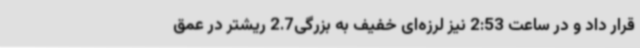
قرار داد و در ساعت 2:53 نیز لرزه‌ای خفیف به بزرگی2.7 ریشتر در عمق